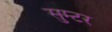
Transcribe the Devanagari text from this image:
सुम्टर